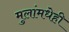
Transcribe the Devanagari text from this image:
मुलांमधेही